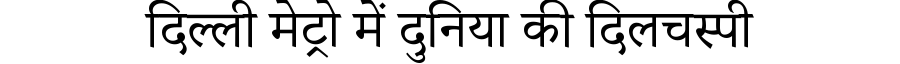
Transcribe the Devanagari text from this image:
दिल्ली मेट्रो में दुनिया की दिलचस्पी